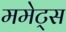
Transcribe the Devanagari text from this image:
ममेट्स